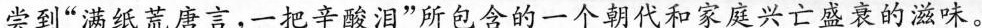
尝到“满纸荒唐言，一把辛酸泪”所包含的一个朝代和家庭兴亡盛衰的滋味。